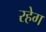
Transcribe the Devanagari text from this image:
रहेग